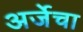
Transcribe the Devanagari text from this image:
अर्जेचा